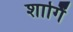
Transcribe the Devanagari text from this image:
शार्गिं